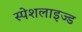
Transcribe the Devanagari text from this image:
स्पेशलाइज्ड